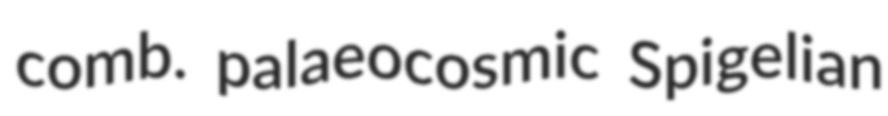
comb. palaeocosmic Spigelian